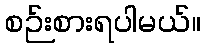
စဉ်းစားရပါမယ်။